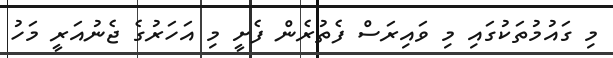
މި ގައުމުތަކުގައި މި ވައިރަސް ފެތުރެން ފެށީ މި އަހަރުގެ ޖެނުއަރީ މަހު